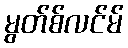
မွတ်စ်လင်မ်